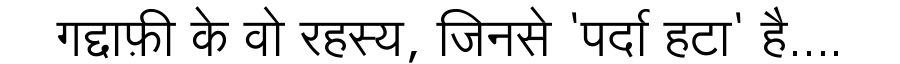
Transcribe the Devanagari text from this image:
गद्दाफ़ी के वो रहस्य, जिनसे 'पर्दा हटा' है....